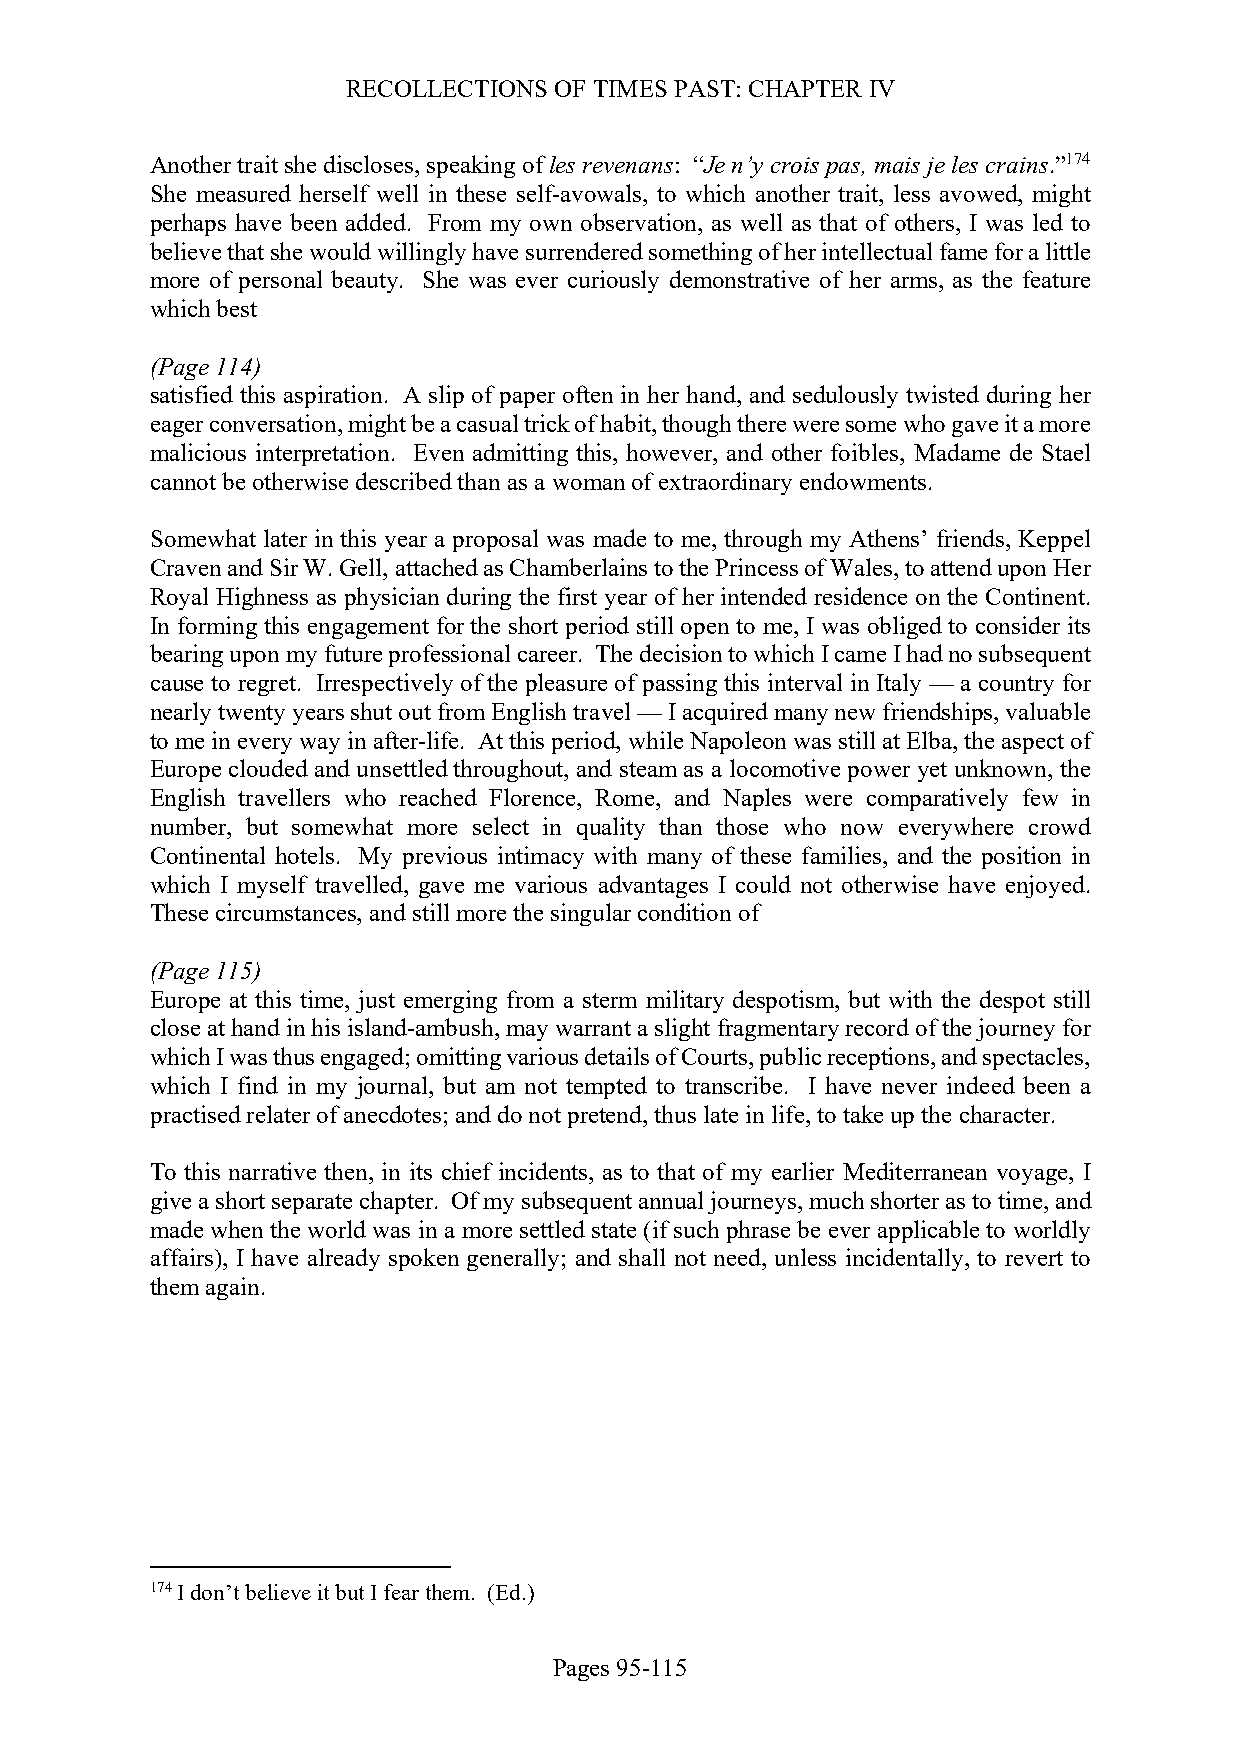
RECOLLECTIONS OF TIMES PAST: CHAPTER IV
 Another trait she discloses, speaking of les revenans: “Je n’y crois pas, mais je les crains.”174
 She measured herself well in these self-avowals, to which another trait, less avowed, might
 perhaps have been added. From my own observation, as well as that of others, I was led to
 believe that she would willingly have surrendered something of her intellectual fame for a little
 more of personal beauty. She was ever curiously demonstrative of her arms, as the feature
 which best
 (Page 114)
 satisfied this aspiration. A slip of paper often in her hand, and sedulously twisted during her
 eager conversation, might be a casual trick of habit, though there were some who gave it a more
 malicious interpretation. Even admitting this, however, and other foibles, Madame de Stael
 cannot be otherwise described than as a woman of extraordinary endowments.
 Somewhat later in this year a proposal was made to me, through my Athens’ friends, Keppel
 Craven and Sir W. Gell, attached as Chamberlains to the Princess of Wales, to attend upon Her
 Royal Highness as physician during the first year of her intended residence on the Continent.
 In forming this engagement for the short period still open to me, I was obliged to consider its
 bearing upon my future professional career. The decision to which I came I had no subsequent
 cause to regret. Irrespectively of the pleasure of passing this interval in Italy — a country for
 nearly twenty years shut out from English travel — I acquired many new friendships, valuable
 to me in every way in after-life. At this period, while Napoleon was still at Elba, the aspect of
 Europe clouded and unsettled throughout, and steam as a locomotive power yet unknown, the
 English travellers who reached Florence, Rome, and Naples were comparatively few in
 number, but somewhat more select in quality than those who now everywhere crowd
 Continental hotels. My previous intimacy with many of these families, and the position in
 which I myself travelled, gave me various advantages I could not otherwise have enjoyed.
 These circumstances, and still more the singular condition of
 (Page 115)
 Europe at this time, just emerging from a sterm military despotism, but with the despot still
 close at hand in his island-ambush, may warrant a slight fragmentary record of the journey for
 which I was thus engaged; omitting various details of Courts, public receptions, and spectacles,
 which I find in my journal, but am not tempted to transcribe. I have never indeed been a
 practised relater of anecdotes; and do not pretend, thus late in life, to take up the character.
 To this narrative then, in its chief incidents, as to that of my earlier Mediterranean voyage, I
 give a short separate chapter. Of my subsequent annual journeys, much shorter as to time, and
 made when the world was in a more settled state (if such phrase be ever applicable to worldly
 affairs), I have already spoken generally; and shall not need, unless incidentally, to revert to
 them again.
 174 I don’t believe it but I fear them. (Ed.)
 Pages 95-115